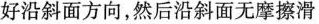
好沿斜面方向，然后沿斜面无摩擦滑